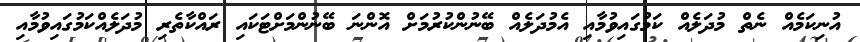
އުނިކަމެއް ނެތް މުދަލެއް ކަމުގައިވުމާއި އެމުދަލެއް ބޭނުންކުރުމަށް އޮންނަ ބޭނުންމަށްޓަކައި ރައްކާތެރި މުދަލެއްކަމުގައިވުމާއި